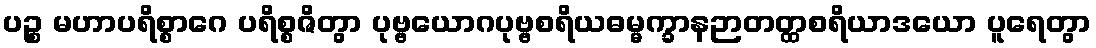
ပဉ္စ မဟာပရိစ္စာဂေ ပရိစ္စဇိတွာ ပုဗ္ဗယောဂပုဗ္ဗစရိယဓမ္မက္ခာနဉာတတ္ထစရိယာဒယော ပူရေတွာ